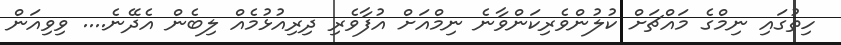
ހިތުގައި ނިމްގެ މައްޗަށް ކުލުންވެރިކަންވާނެ ނިމްއަށް އުފާވެރި ދިރިއުޅުމެއް ލިބެން އެދޭނެ.... ވިވިއަން